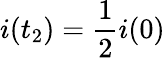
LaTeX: i(t_{2})=\frac{1}{2}i(0)